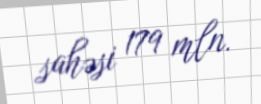
sahəsi 179 mln.